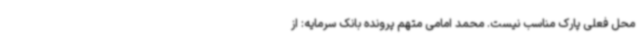
محل فعلی پارک‌ مناسب نیست. محمد امامی متهم پرونده بانک سرمایه: از